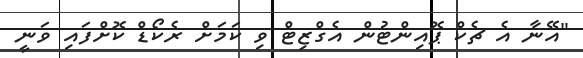
"އޭނާ އެ ޗެކް ޕޮއިންޓުން އެގްޒިޓް ވި ކަމަށް ރެކޯޑް ކޮށްފައި ވަނީ